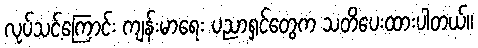
လုပ်သင့်ကြောင်း ကျန်းမာရေး ပညာရှင်တွေက သတိပေးထားပါတယ်။